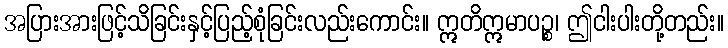
အပြားအားဖြင့်သိခြင်းနှင့်ပြည့်စုံခြင်းလည်းကောင်း။ ဣတိဣမာပဉ္စ၊ ဤငါးပါးတို့တည်း။